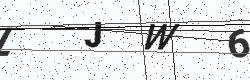
Text: LJW6